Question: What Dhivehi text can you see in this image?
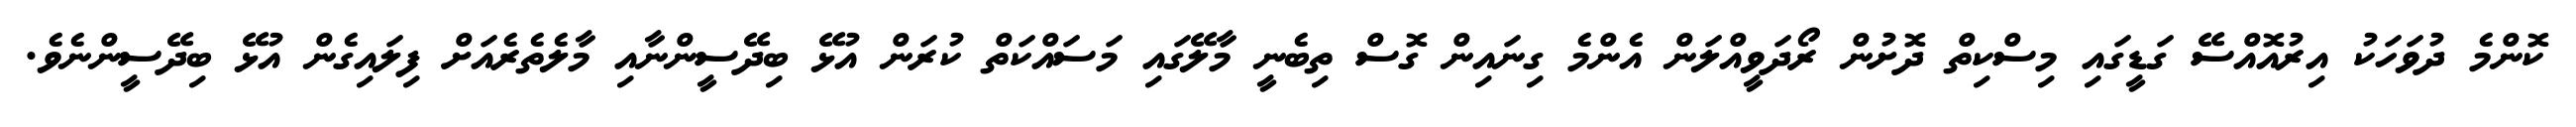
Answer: ކޮންމެ ދުވަހަކު އިރުއޮއްސޭ ގަޑީގައި މިސްކިތް ދޮށުން ރޯދަވީއްލަން އެންމެ ގިނައިން ގޮސް ތިބެނީ މާލޭގައި މަސައްކަތް ކުރަން އުޅޭ ބިދޭސީންނާއި މާލެތެރެއަށް ފިލައިގެން އުޅޭ ބިދޭސީންނެވެ.